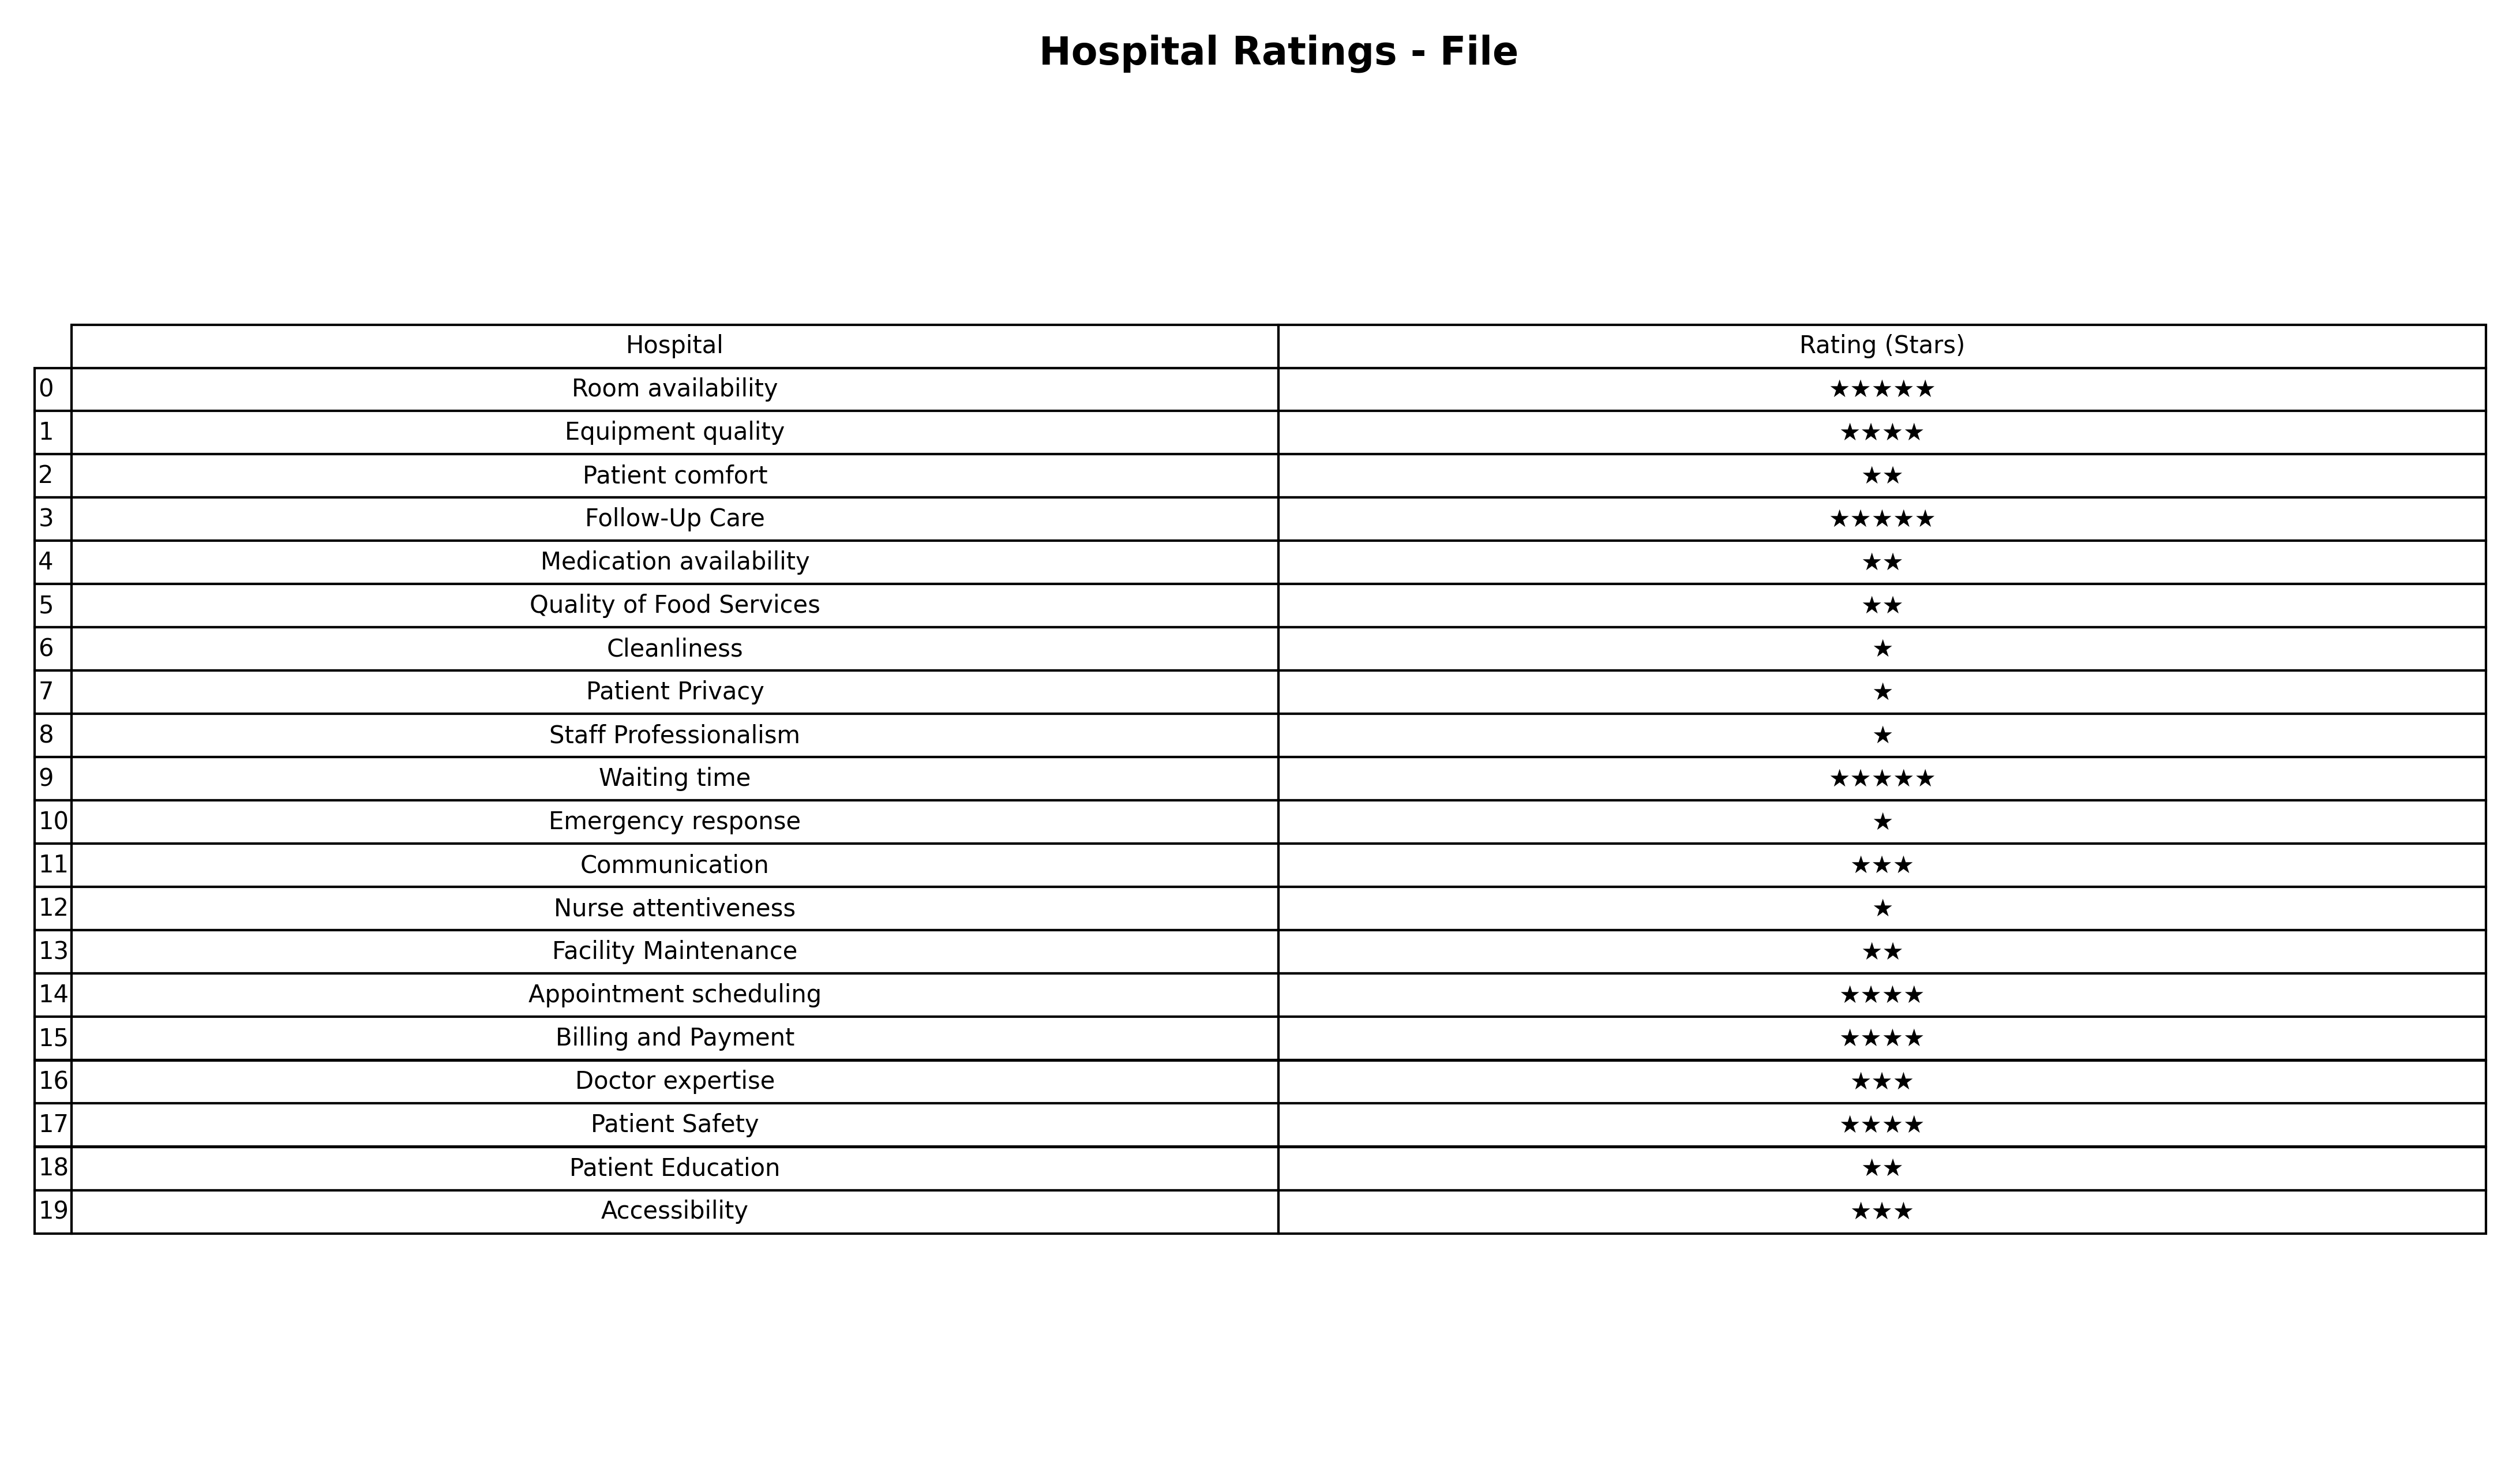
question: Which services are rated average?
answer: CommunicationDoctor expertiseAccessibility